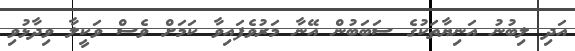
އަދި ލިބުނު އަނިޔާތަކުގެ ސަބަބުން އޭނާ މަރުވެފައިވާ ކަމަށް ވެސް ވަކީލާ ވިދާޅުވި